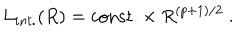
L _ { i n t . } ( R ) = \mathrm { c o n s t . } \times R ^ { ( p + 1 ) / 2 } \ .